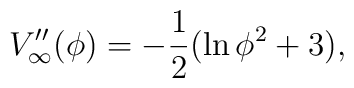
V_{\infty}^{\prime\prime}(\phi)=-\frac{1}{2}(\ln\phi^2+3),